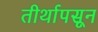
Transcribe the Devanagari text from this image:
तीर्थापसून